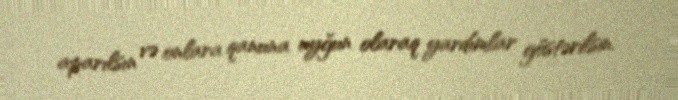
aparılsın və onlara qanuna uyğun olaraq yardımlar göstərilsin.